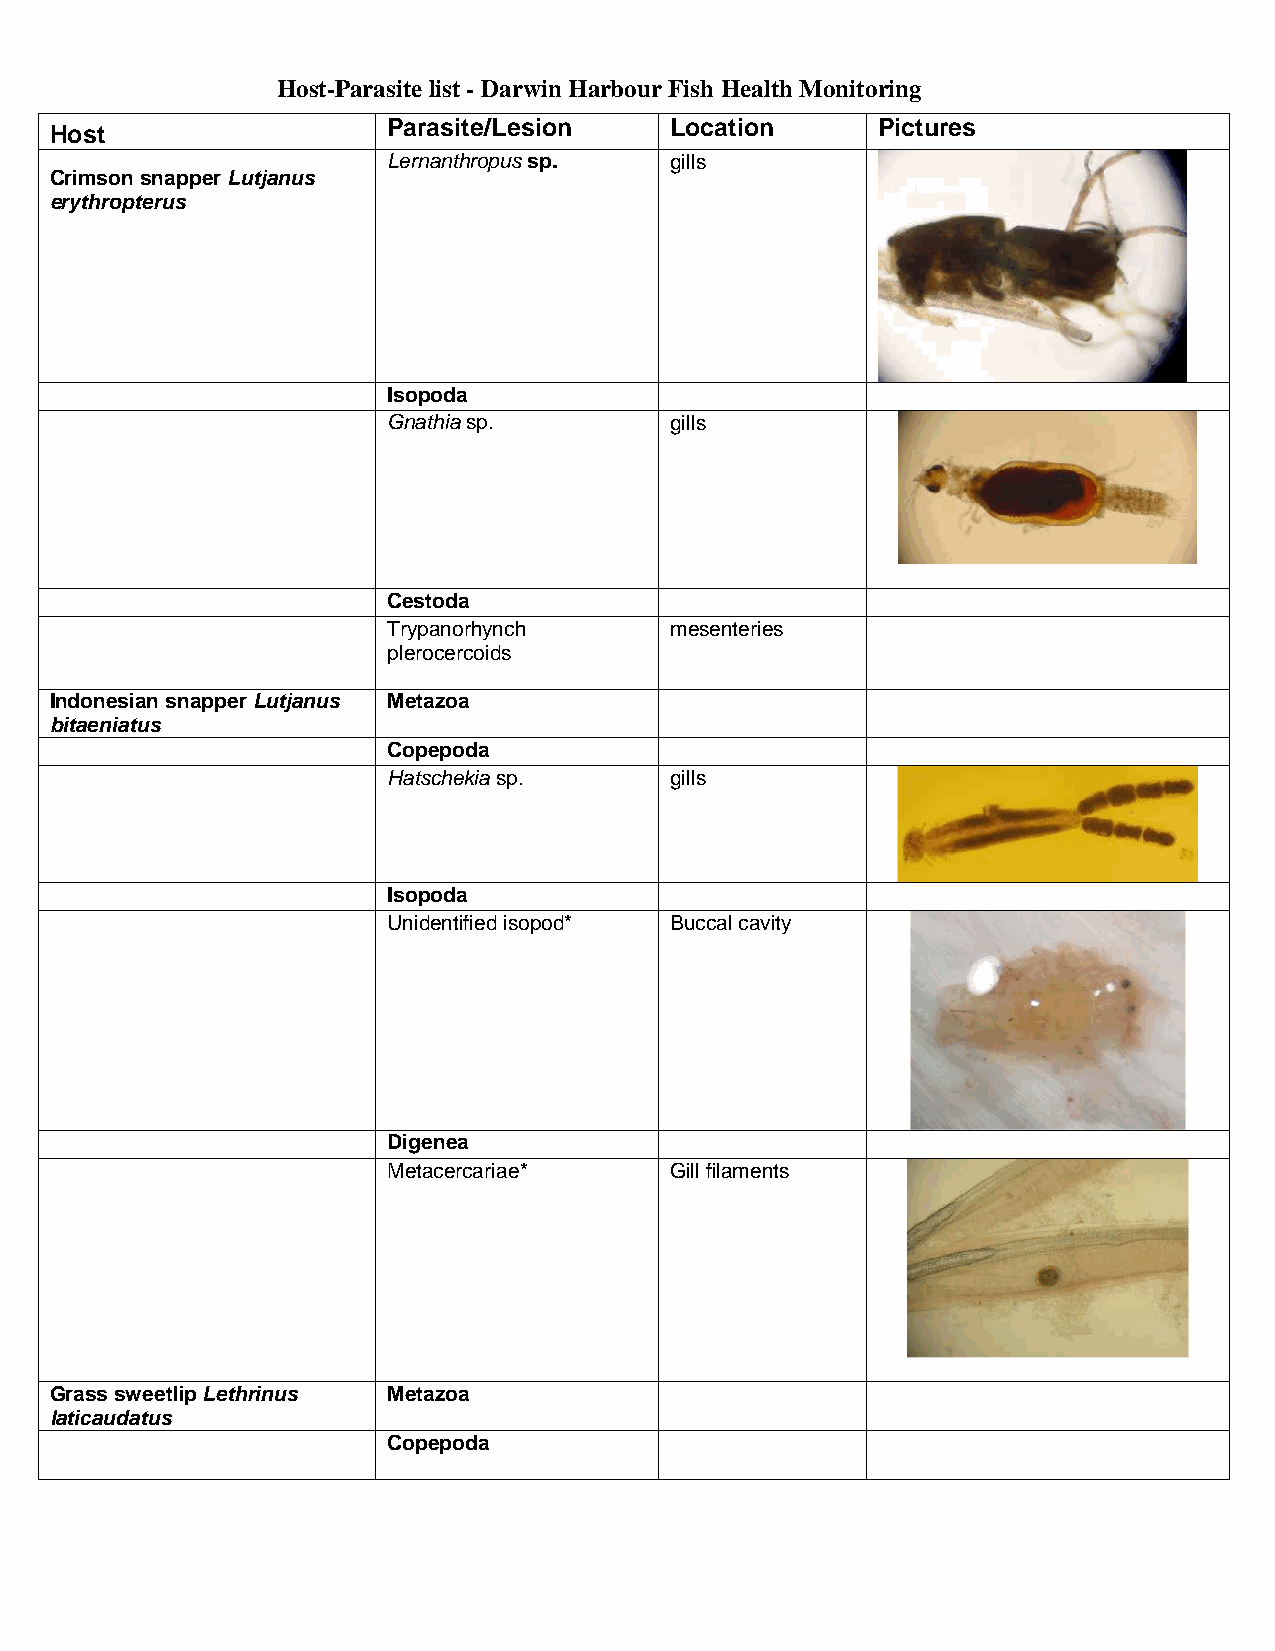
Host-Parasite list - Darwin Harbour Fish Health Monitoring
 Host
 Parasite/Lesion   Location      Pictures
 Lernanthropus sp. gills
 Crimson snapper Lutjanus
 erythropterus
 Isopoda
 Gnathia sp.       gills
 Cestoda
 Trypanorhynch     mesenteries
 plerocercoids
 Indonesian snapper Lutjanus Metazoa
 bitaeniatus
 Copepoda
 Hatschekia sp.    gills
 Isopoda
 Unidentified isopod* Buccal cavity
 Digenea
 Metacercariae*    Gill filaments
 Grass sweetlip Lethrinus Metazoa
 laticaudatus
 Copepoda